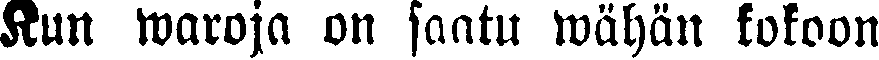
Kun waroja on saatu wähän kokoon